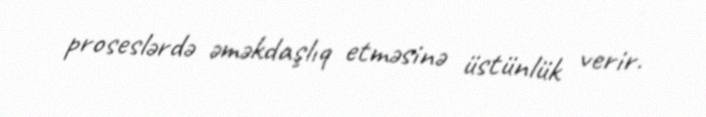
proseslərdə əməkdaşlıq etməsinə üstünlük verir.